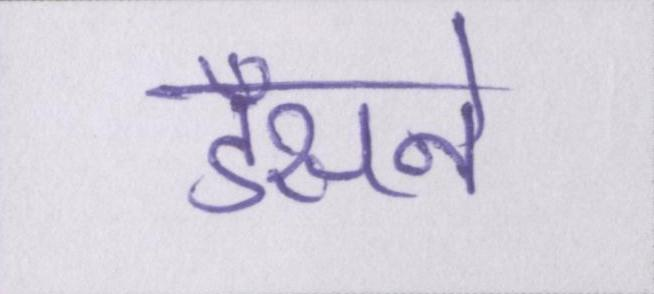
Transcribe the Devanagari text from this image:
डँसने